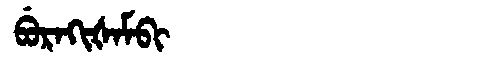
Manchu: ᠪᡠᡵᠠᡴᡳᡧᠠᠮᠪᡳ
Romanization: BURAKIŠAMBI